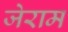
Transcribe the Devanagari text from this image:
जेराम